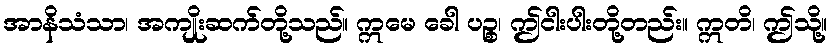
အာနိသံသာ၊ အကျိုးဆက်တို့သည်။ ဣမေ ခေါ ပဉ္စ၊ ဤငါးပါးတို့တည်း။ ဣတိ၊ ဤသို့။